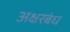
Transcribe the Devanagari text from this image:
अक्षरबंध